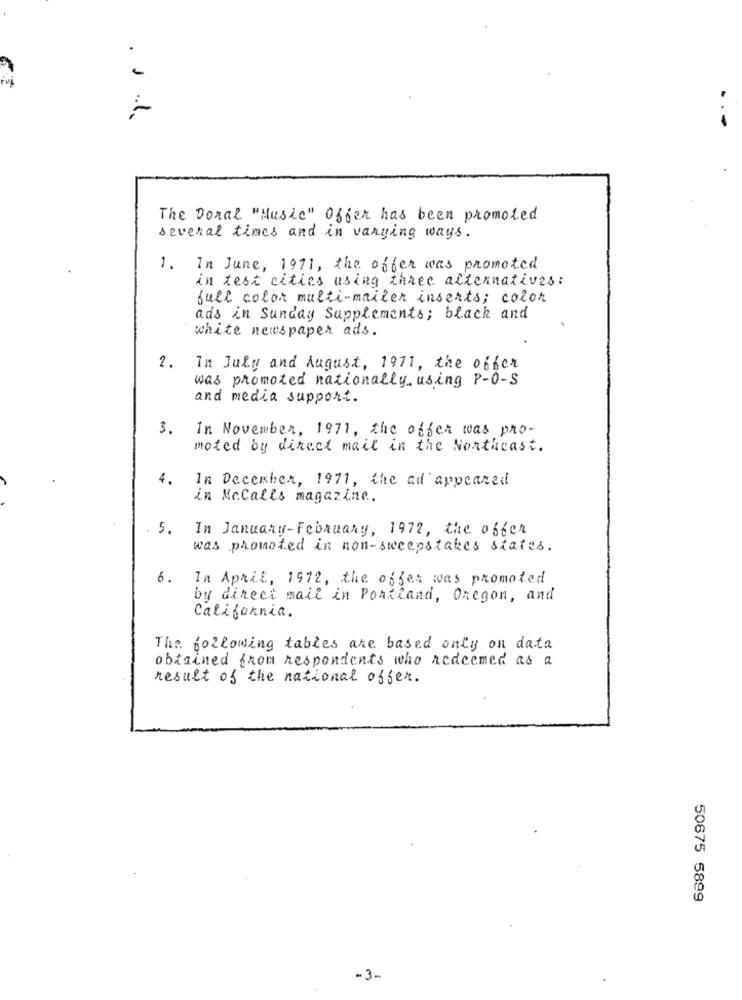
-
The Donal "Music" Offer has been promoted
several times and in varying ways.
1.
In June, 1971, the offer was promoted
in test cities using three alternatives:
full color multi-mailer inserts; color
ads in Sunday Supplements; black and
white newspaper ads.
2.
In July and August, 1971, the offer
was promoted nationally. using P-0-S
and media support.
3. In November, 1971, the offer was pro-
moted by direct mail in the Northeast.
4.
In December, 1971, the ad appeared
in McCalls magazine.
5.
In January-February, 1972, the offer
was promoted in non-sweepstakes states.
6.
In April, 1972, the offer was promoted
by direct mail in Portland, Oregon, and
California.
The following tables are based only on data
obtained from respondents who redeemed as a
result of the national offer.
50675 5899
-3-